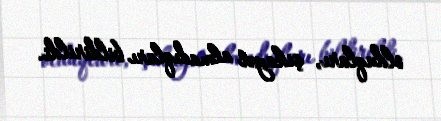
olduqları, şikayət almadıqları bildirildi.